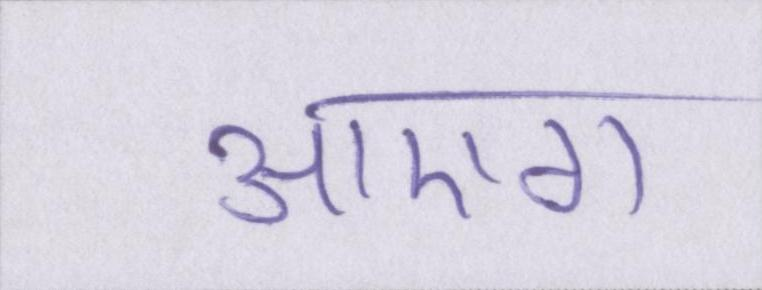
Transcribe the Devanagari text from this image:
आएगा